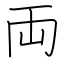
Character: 両